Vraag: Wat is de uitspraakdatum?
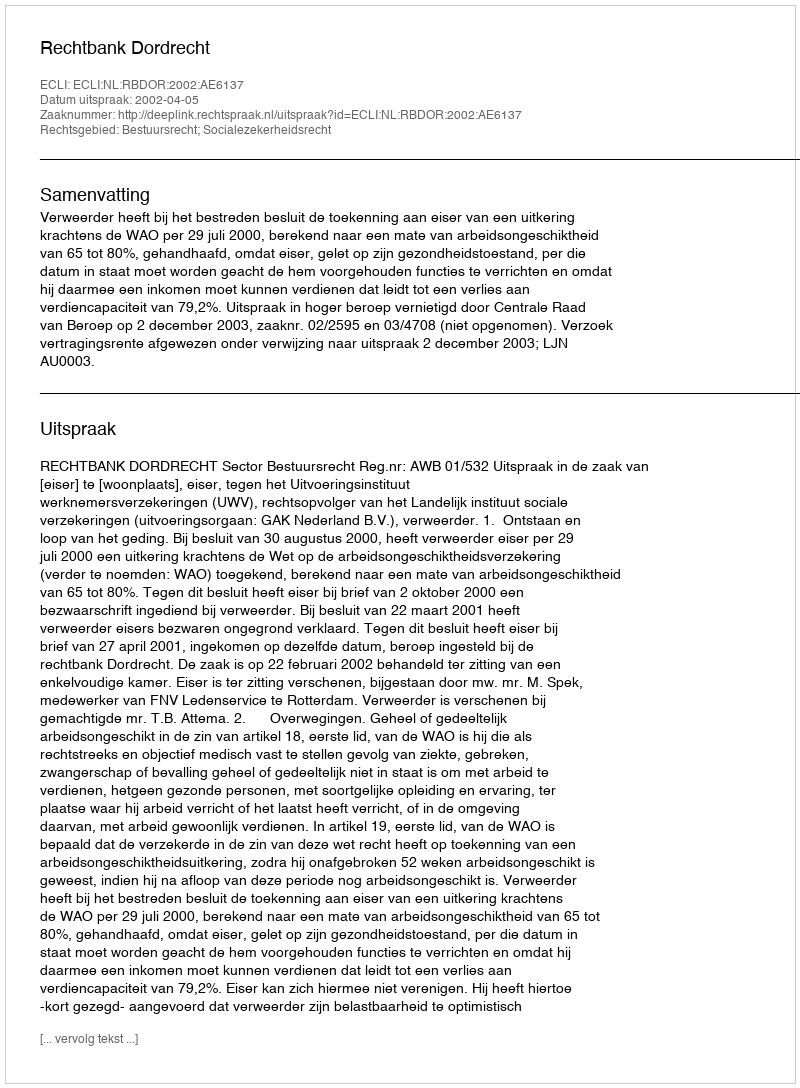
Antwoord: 2002-04-05